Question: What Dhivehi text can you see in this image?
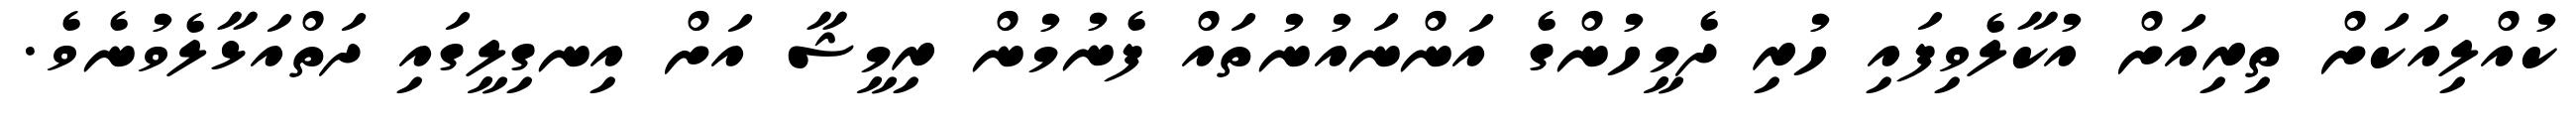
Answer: ކުއްލިއަކަށް ތިރިއަށް އުކާލެވިފައި ހުރި ދެމީހުންގެ އަންނައުނުތައް ފެނުމުން ރިމީޝާ އަށް އިނގިލީގައި ދަތްއަޅާލެވުނެވެ.